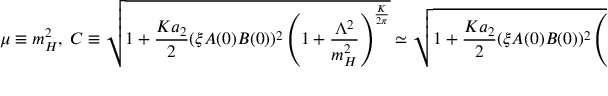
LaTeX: \mu \equiv m _ { H } ^ { 2 } , ~ C \equiv \sqrt { 1 + \frac { K a _ { 2 } } { 2 } ( \xi A ( 0 ) B ( 0 ) ) ^ { 2 } \left( 1 + \frac { \Lambda ^ { 2 } } { m _ { H } ^ { 2 } } \right) ^ { \frac { K } { 2 \pi } } } \simeq \sqrt { 1 + \frac { K a _ { 2 } } { 2 } ( \xi A ( 0 ) B ( 0 ) ) ^ { 2 } \left( 1 + \frac { \Lambda ^ { 2 } } { m _ { H } ^ { 2 } } \frac { K } { 2 \pi } \right) } .